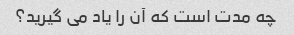
چه مدت است که آن را یاد می گیرید؟